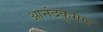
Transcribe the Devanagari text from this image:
आनंदकुमार